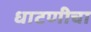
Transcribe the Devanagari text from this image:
धाटणीचा